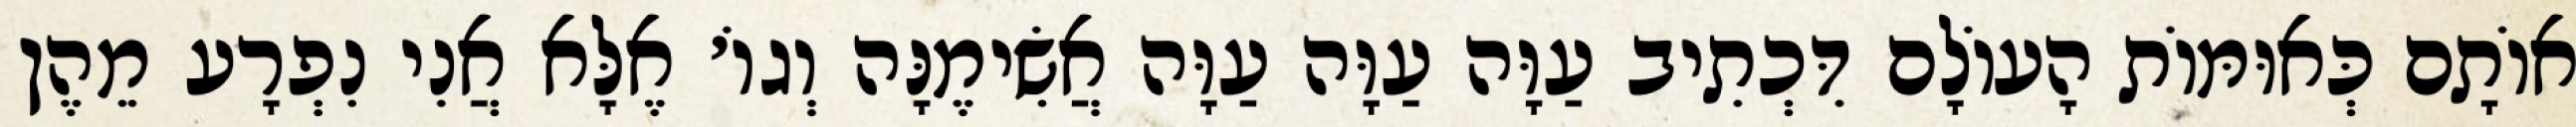
אוֹתָם כְּאוּמּוֹת הָעוֹלָם דִּכְתִיב עַוָּה עַוָּה עַוָּה אֲשִׂימֶנָּה וְגוֹ׳ אֶלָּא אֲנִי נִפְרָע מֵהֶן